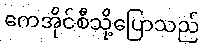
ကေအိုင်စီသို့ပြောသည်